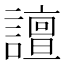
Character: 譠